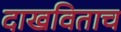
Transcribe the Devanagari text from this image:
दाखविताच